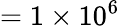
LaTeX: =1\times 10^{6}